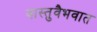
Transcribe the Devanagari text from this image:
वास्तुवैभवात